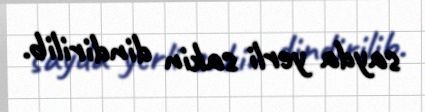
sayda yerli sakin dindirilib.